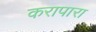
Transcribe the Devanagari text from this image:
करापारा